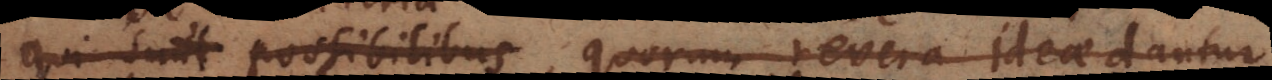
qui sunt possibilibus, quorum revera ideae dantur